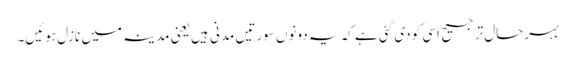
بہرحال ترجیح اسی کو دی گئی ہے کہ یہ دونوں سورتیں مدنی ہیں یعنی مدینہ میں نازل ہوئیں۔